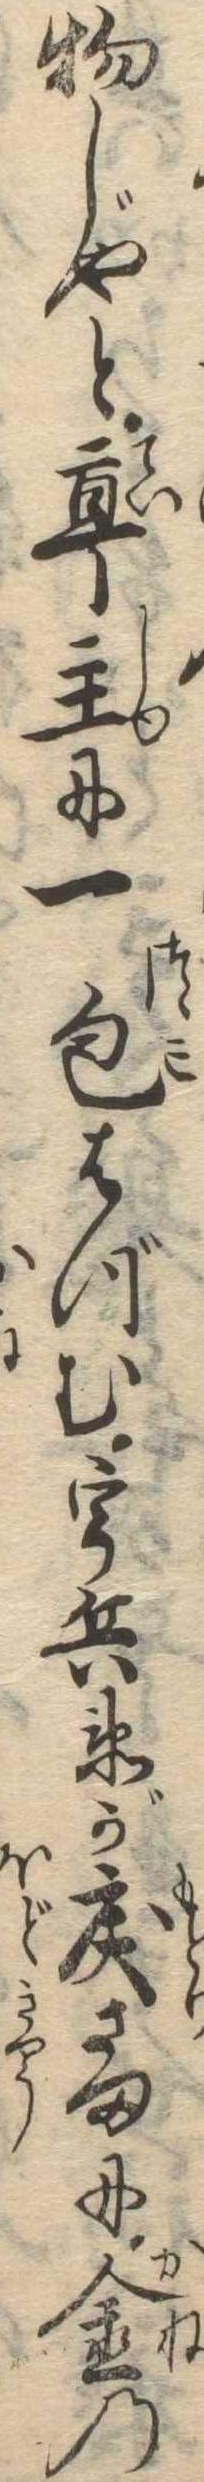
物じやと亭主に一包はづむ宇兵衛が戻さまに金の